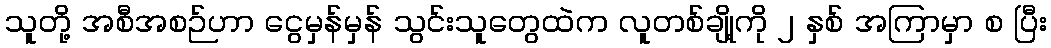
သူတို့ အစီအစဉ်ဟာ ငွေမှန်မှန် သွင်းသူတွေထဲက လူတစ်ချို့ကို ၂ နှစ် အကြာမှာ စ ပြီး